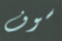
سوف